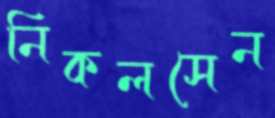
নিকলসেন